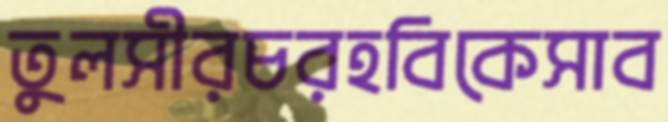
তুলসীরচরহবিকেসাব